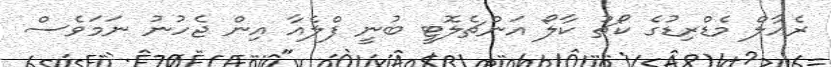
ރެއާލް މެޑްރިޑުގެ ކޯޗު ކާލޯ އަންޗެލޮޓީ ބުނީ ފްލެއާ އިން ޖެހުނު ނަމަވެސް